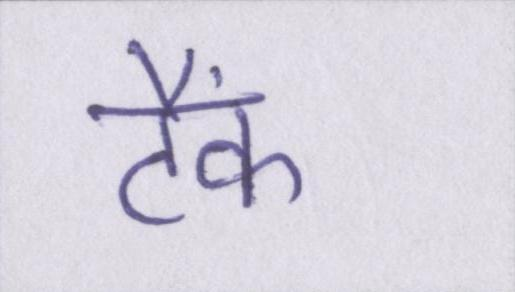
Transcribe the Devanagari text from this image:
टैंक